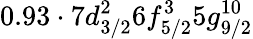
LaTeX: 0.93\cdot 7d_{3/2}^{2}6f_{5/2}^{3}5g_{9/2}^{10}